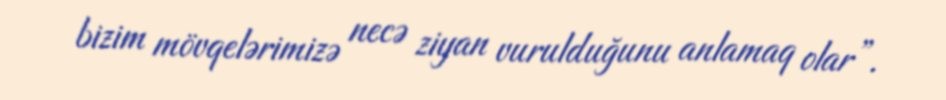
bizim mövqelərimizə necə ziyan vurulduğunu anlamaq olar”.